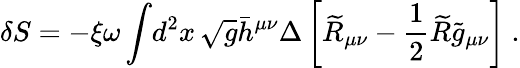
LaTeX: \delta S=-\xi\omega\int\! d^{2}x\, \sqrt{g}\bar{h}^{\mu\nu}\Delta\left[\widetilde{R}_{\mu\nu}-{\frac{1}{2}}\widetilde{R}\widetilde{g}_{\mu\nu}\right]\ .